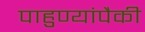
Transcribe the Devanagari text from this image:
पाहुण्यांपैकी